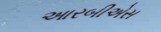
આરબીએસ